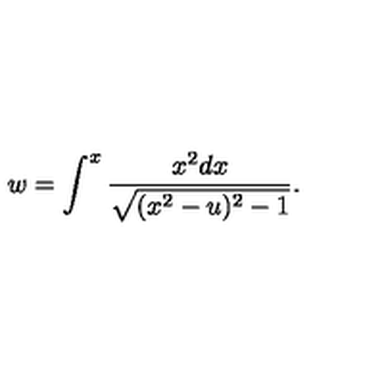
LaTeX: w = \int ^ { x } \frac { x ^ { 2 } d x } { \sqrt { ( x ^ { 2 } - u ) ^ { 2 } - 1 } } .